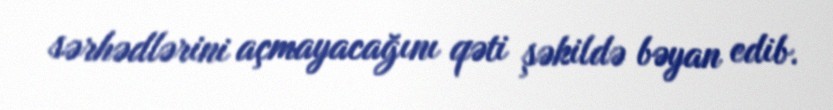
sərhədlərini açmayacağını qəti şəkildə bəyan edib.